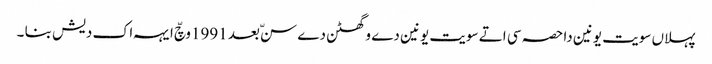
پہلاں سویت یونین دا حصہ سی اتے سویت یونین دے وگھٹن دے سنّ بعد 1991وچّ ایہہ اک دیش بنا ۔